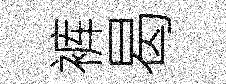
裤曷